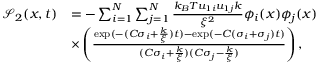
\begin{array} { r l } { \mathcal { S } _ { 2 } ( x , t ) } & { = - \sum _ { i = 1 } ^ { N } \sum _ { j = 1 } ^ { N } \frac { k _ { B } T u _ { 1 i } u _ { 1 j } k } { \xi ^ { 2 } } \phi _ { i } ( x ) \phi _ { j } ( x ) } \\ & { \times \left( \frac { \exp ( - ( C \sigma _ { i } + \frac { k } { \xi } ) t ) - \exp ( - C ( \sigma _ { i } + \sigma _ { j } ) t ) } { ( C \sigma _ { i } + \frac { k } { \xi } ) ( C \sigma _ { j } - \frac { k } { \xi } ) } \right) , } \end{array}